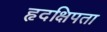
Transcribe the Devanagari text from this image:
हृदक्षिपता